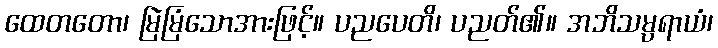
ထေတတော၊ မြဲမြံသောအားဖြင့်။ ပညပေတိ၊ ပညတ်၏။ အဘိသမ္ပရာယံ၊